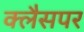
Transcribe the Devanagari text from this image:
क्लैसपर